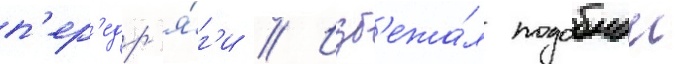
п'ер'едр'я́г'и // Изб'ежа́л подобнои